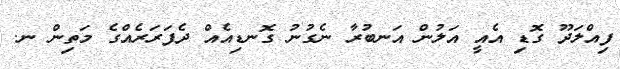
ފިއްލަދޫ ގޮޑި އެއީ އަލުން އަނބުރާ ނެގުނު ގޮނޑިއެއް ދެފަރަރެއްގެ މަތިން ނ.